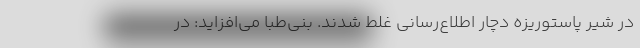
در شیر پاستوریزه دچار اطلاع‌رسانی غلط شدند. بنی‌طبا می‌افزاید: در